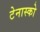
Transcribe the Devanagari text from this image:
टेनास्को